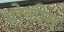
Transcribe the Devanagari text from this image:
प्रोकीन